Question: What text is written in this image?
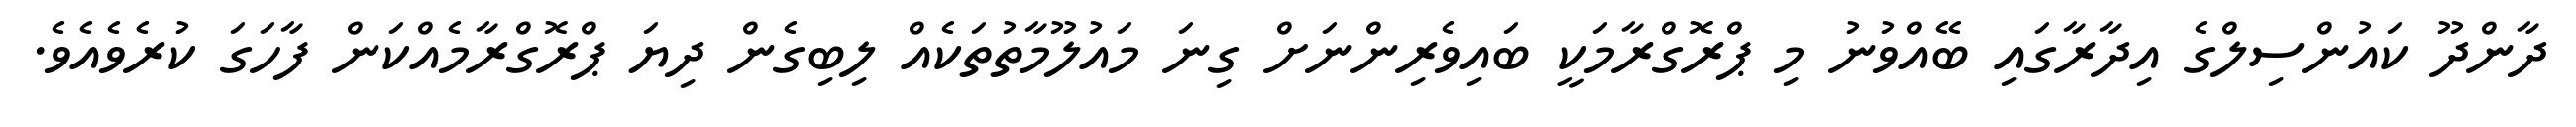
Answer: ދާންދޫ ކައުންސިލްގެ އިދާރާގައި ބޭއްވުނު މި ޕްރޮގްރާމަކީ ބައިވެރިންނަށް ގިނަ މައުލޫމާތުތަކެއް ލިބިގެން ދިޔަ ޕްރޮގްރާމެއްކަން ފާހަގަ ކުރެވެއެވެ.